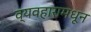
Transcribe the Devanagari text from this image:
व्यवहारामधून